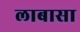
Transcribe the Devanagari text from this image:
लाबासा